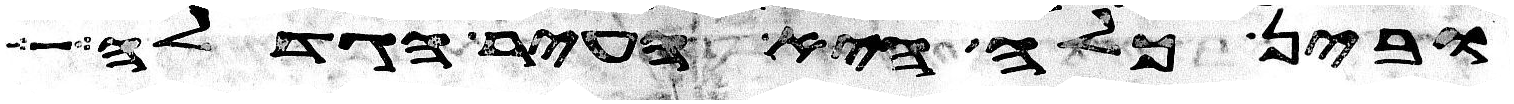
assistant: ובין כלח היא העיר הגדלה